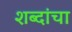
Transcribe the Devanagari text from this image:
शब्दांचा